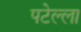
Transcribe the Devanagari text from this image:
पटेल्ला